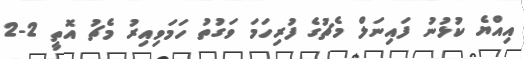
އިއްޔެ ކުޅުނު ފައިނަލް މެޗުގެ ފުރިހަމަ ވަގުތު ހަމަވިއިރު މެޗު އޮތީ 2-2